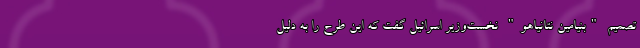
تصمیم "بنیامین نتانیاهو" نخست‌وزیر اسرائیل گفت که این طرح را به دلیل